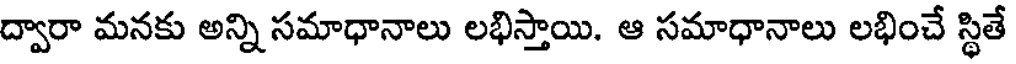
ద్వారా మనకు అన్ని సమాధానాలు లభిస్తాయి. ఆ సమాధానాలు లభించే స్థితే